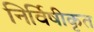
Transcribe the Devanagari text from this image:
निर्विषीकृत